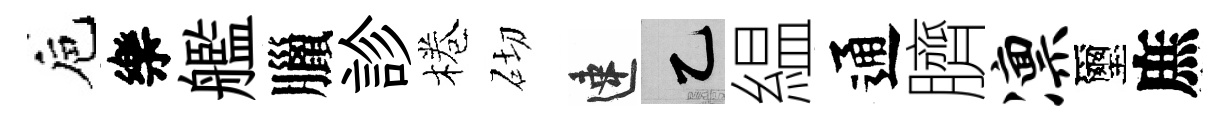
巵樂艦臘診棬砌速乙緼通臍凛璽庶